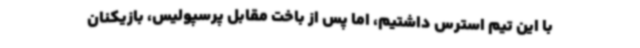
با این تیم استرس داشتیم، اما پس از باخت مقابل پرسپولیس، بازیکنان